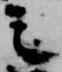
之